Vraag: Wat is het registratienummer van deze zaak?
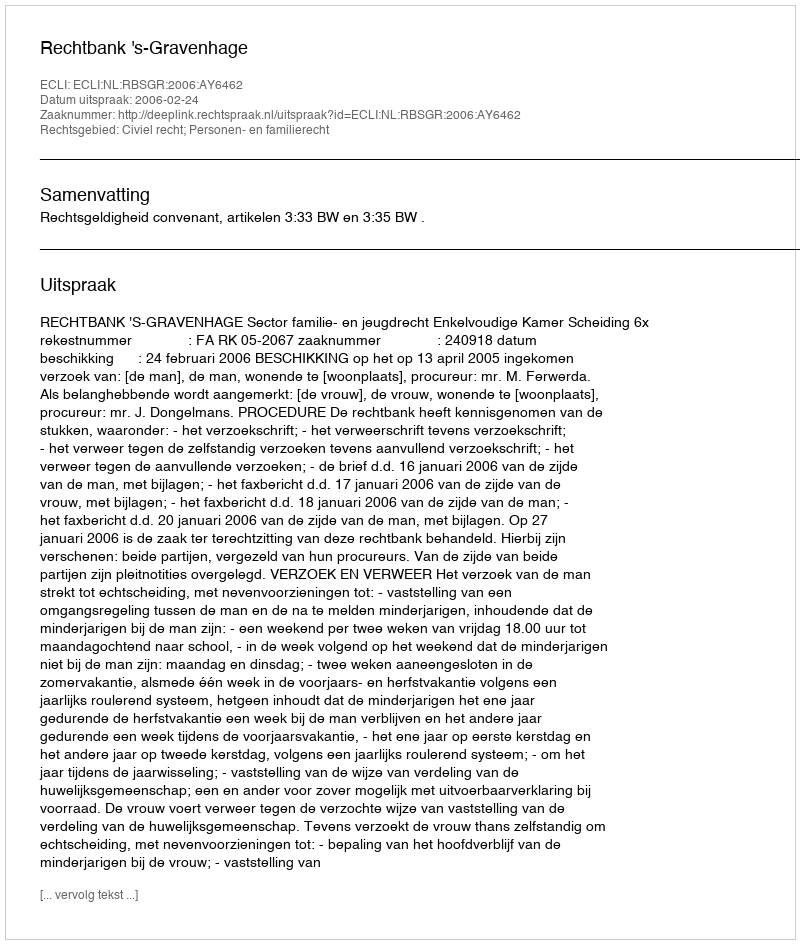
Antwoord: http://deeplink.rechtspraak.nl/uitspraak?id=ECLI:NL:RBSGR:2006:AY6462